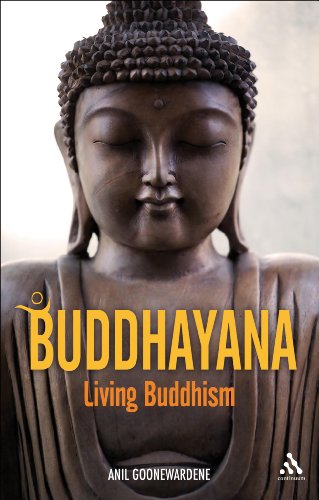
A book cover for Buddhayana: Living Buddhism; Anil Goonewardene; Religion & Spirituality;